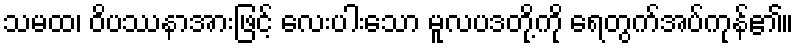
သမထ၊ ဝိပဿနာအားဖြင့် လေးပါးသော မူလပဒတို့ကို ရေတွက်အပ်ကုန်၏။